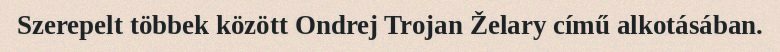
Szerepelt többek között Ondrej Trojan Želary című alkotásában.